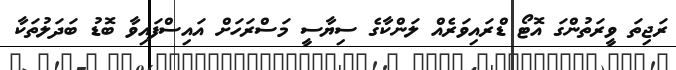
ރަޖިތަ ވީރަތުންގަ އޮޓޯ ޑްރައިވަރެއް ލަންކާގެ ސިޔާސީ މަސްރަހަށް އައިސްފައިވާ ބޮޑު ބަދަލުތަކާ